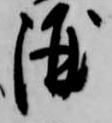
酒